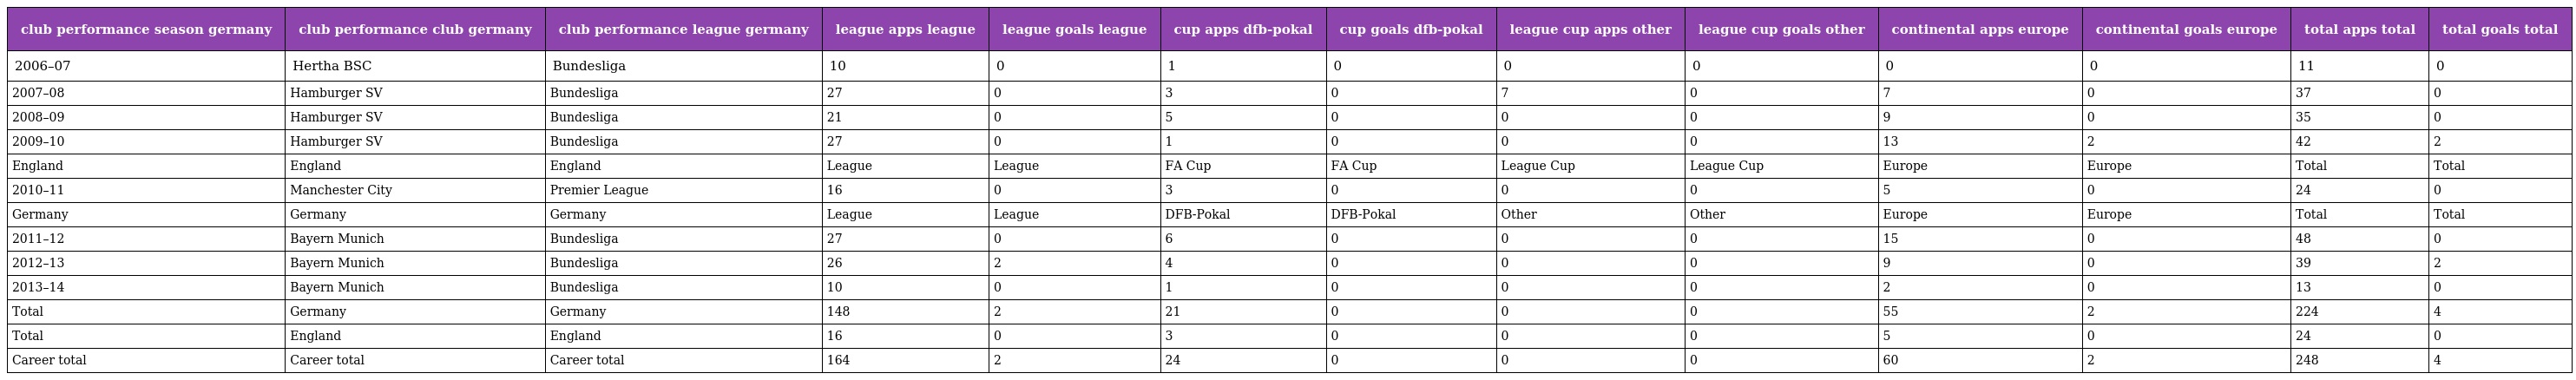
| club performance season germany | club performance club germany | club performance league germany | league apps league | league goals league | cup apps dfb-pokal | cup goals dfb-pokal | league cup apps other | league cup goals other | continental apps europe | continental goals europe | total apps total | total goals total |
 | --- | --- | --- | --- | --- | --- | --- | --- | --- | --- | --- | --- | --- |
 | 2006–07 | Hertha BSC | Bundesliga | 10 | 0 | 1 | 0 | 0 | 0 | 0 | 0 | 11 | 0 |
 | 2007–08 | Hamburger SV | Bundesliga | 27 | 0 | 3 | 0 | 7 | 0 | 7 | 0 | 37 | 0 |
 | 2008–09 | Hamburger SV | Bundesliga | 21 | 0 | 5 | 0 | 0 | 0 | 9 | 0 | 35 | 0 |
 | 2009–10 | Hamburger SV | Bundesliga | 27 | 0 | 1 | 0 | 0 | 0 | 13 | 2 | 42 | 2 |
 | England | England | England | League | League | FA Cup | FA Cup | League Cup | League Cup | Europe | Europe | Total | Total |
 | 2010–11 | Manchester City | Premier League | 16 | 0 | 3 | 0 | 0 | 0 | 5 | 0 | 24 | 0 |
 | Germany | Germany | Germany | League | League | DFB-Pokal | DFB-Pokal | Other | Other | Europe | Europe | Total | Total |
 | 2011–12 | Bayern Munich | Bundesliga | 27 | 0 | 6 | 0 | 0 | 0 | 15 | 0 | 48 | 0 |
 | 2012–13 | Bayern Munich | Bundesliga | 26 | 2 | 4 | 0 | 0 | 0 | 9 | 0 | 39 | 2 |
 | 2013–14 | Bayern Munich | Bundesliga | 10 | 0 | 1 | 0 | 0 | 0 | 2 | 0 | 13 | 0 |
 | Total | Germany | Germany | 148 | 2 | 21 | 0 | 0 | 0 | 55 | 2 | 224 | 4 |
 | Total | England | England | 16 | 0 | 3 | 0 | 0 | 0 | 5 | 0 | 24 | 0 |
 | Career total | Career total | Career total | 164 | 2 | 24 | 0 | 0 | 0 | 60 | 2 | 248 | 4 |